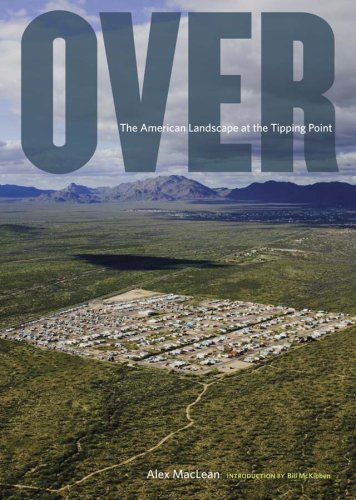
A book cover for Over: The American Landscape at the Tipping Point; Alex MacLean; Arts & Photography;